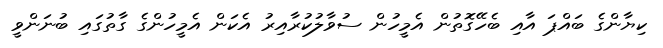
ކިޔާންގެ ބައްޕަ އާއި ބެހޭގޮތުން އެމީހުން ސުވާލުކުރާއިރު އެކަން އެމީހުންގެ ގާތުގައި ބުނަންވީ